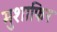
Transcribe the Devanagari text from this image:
मुशाफिर